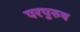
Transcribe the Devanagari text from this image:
परपुरुष